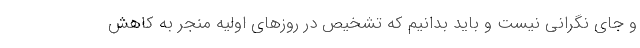
و جای نگرانی نیست و باید بدانیم که تشخیص در روزهای اولیه منجر به کاهش